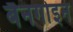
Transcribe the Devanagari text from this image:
बैनगोइन